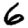
Digit: 6